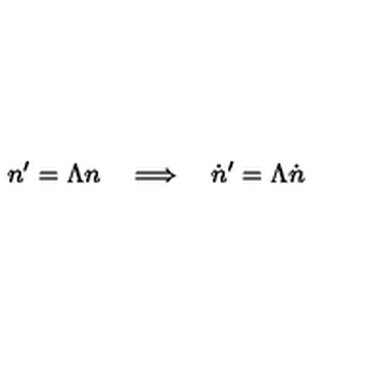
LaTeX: n ^ { \prime } = \Lambda n \quad \Longrightarrow \quad \dot { n } ^ { \prime } = \Lambda \dot { n }